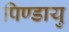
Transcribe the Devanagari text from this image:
पिण्डायु